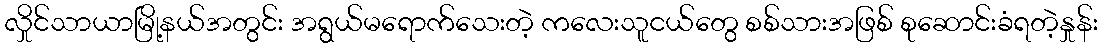
လှိုင်သာယာမြို့နယ်အတွင်း အရွယ်မရောက်သေးတဲ့ ကလေးသူငယ်တွေ စစ်သားအဖြစ် စုဆောင်းခံရတဲ့နှုန်း